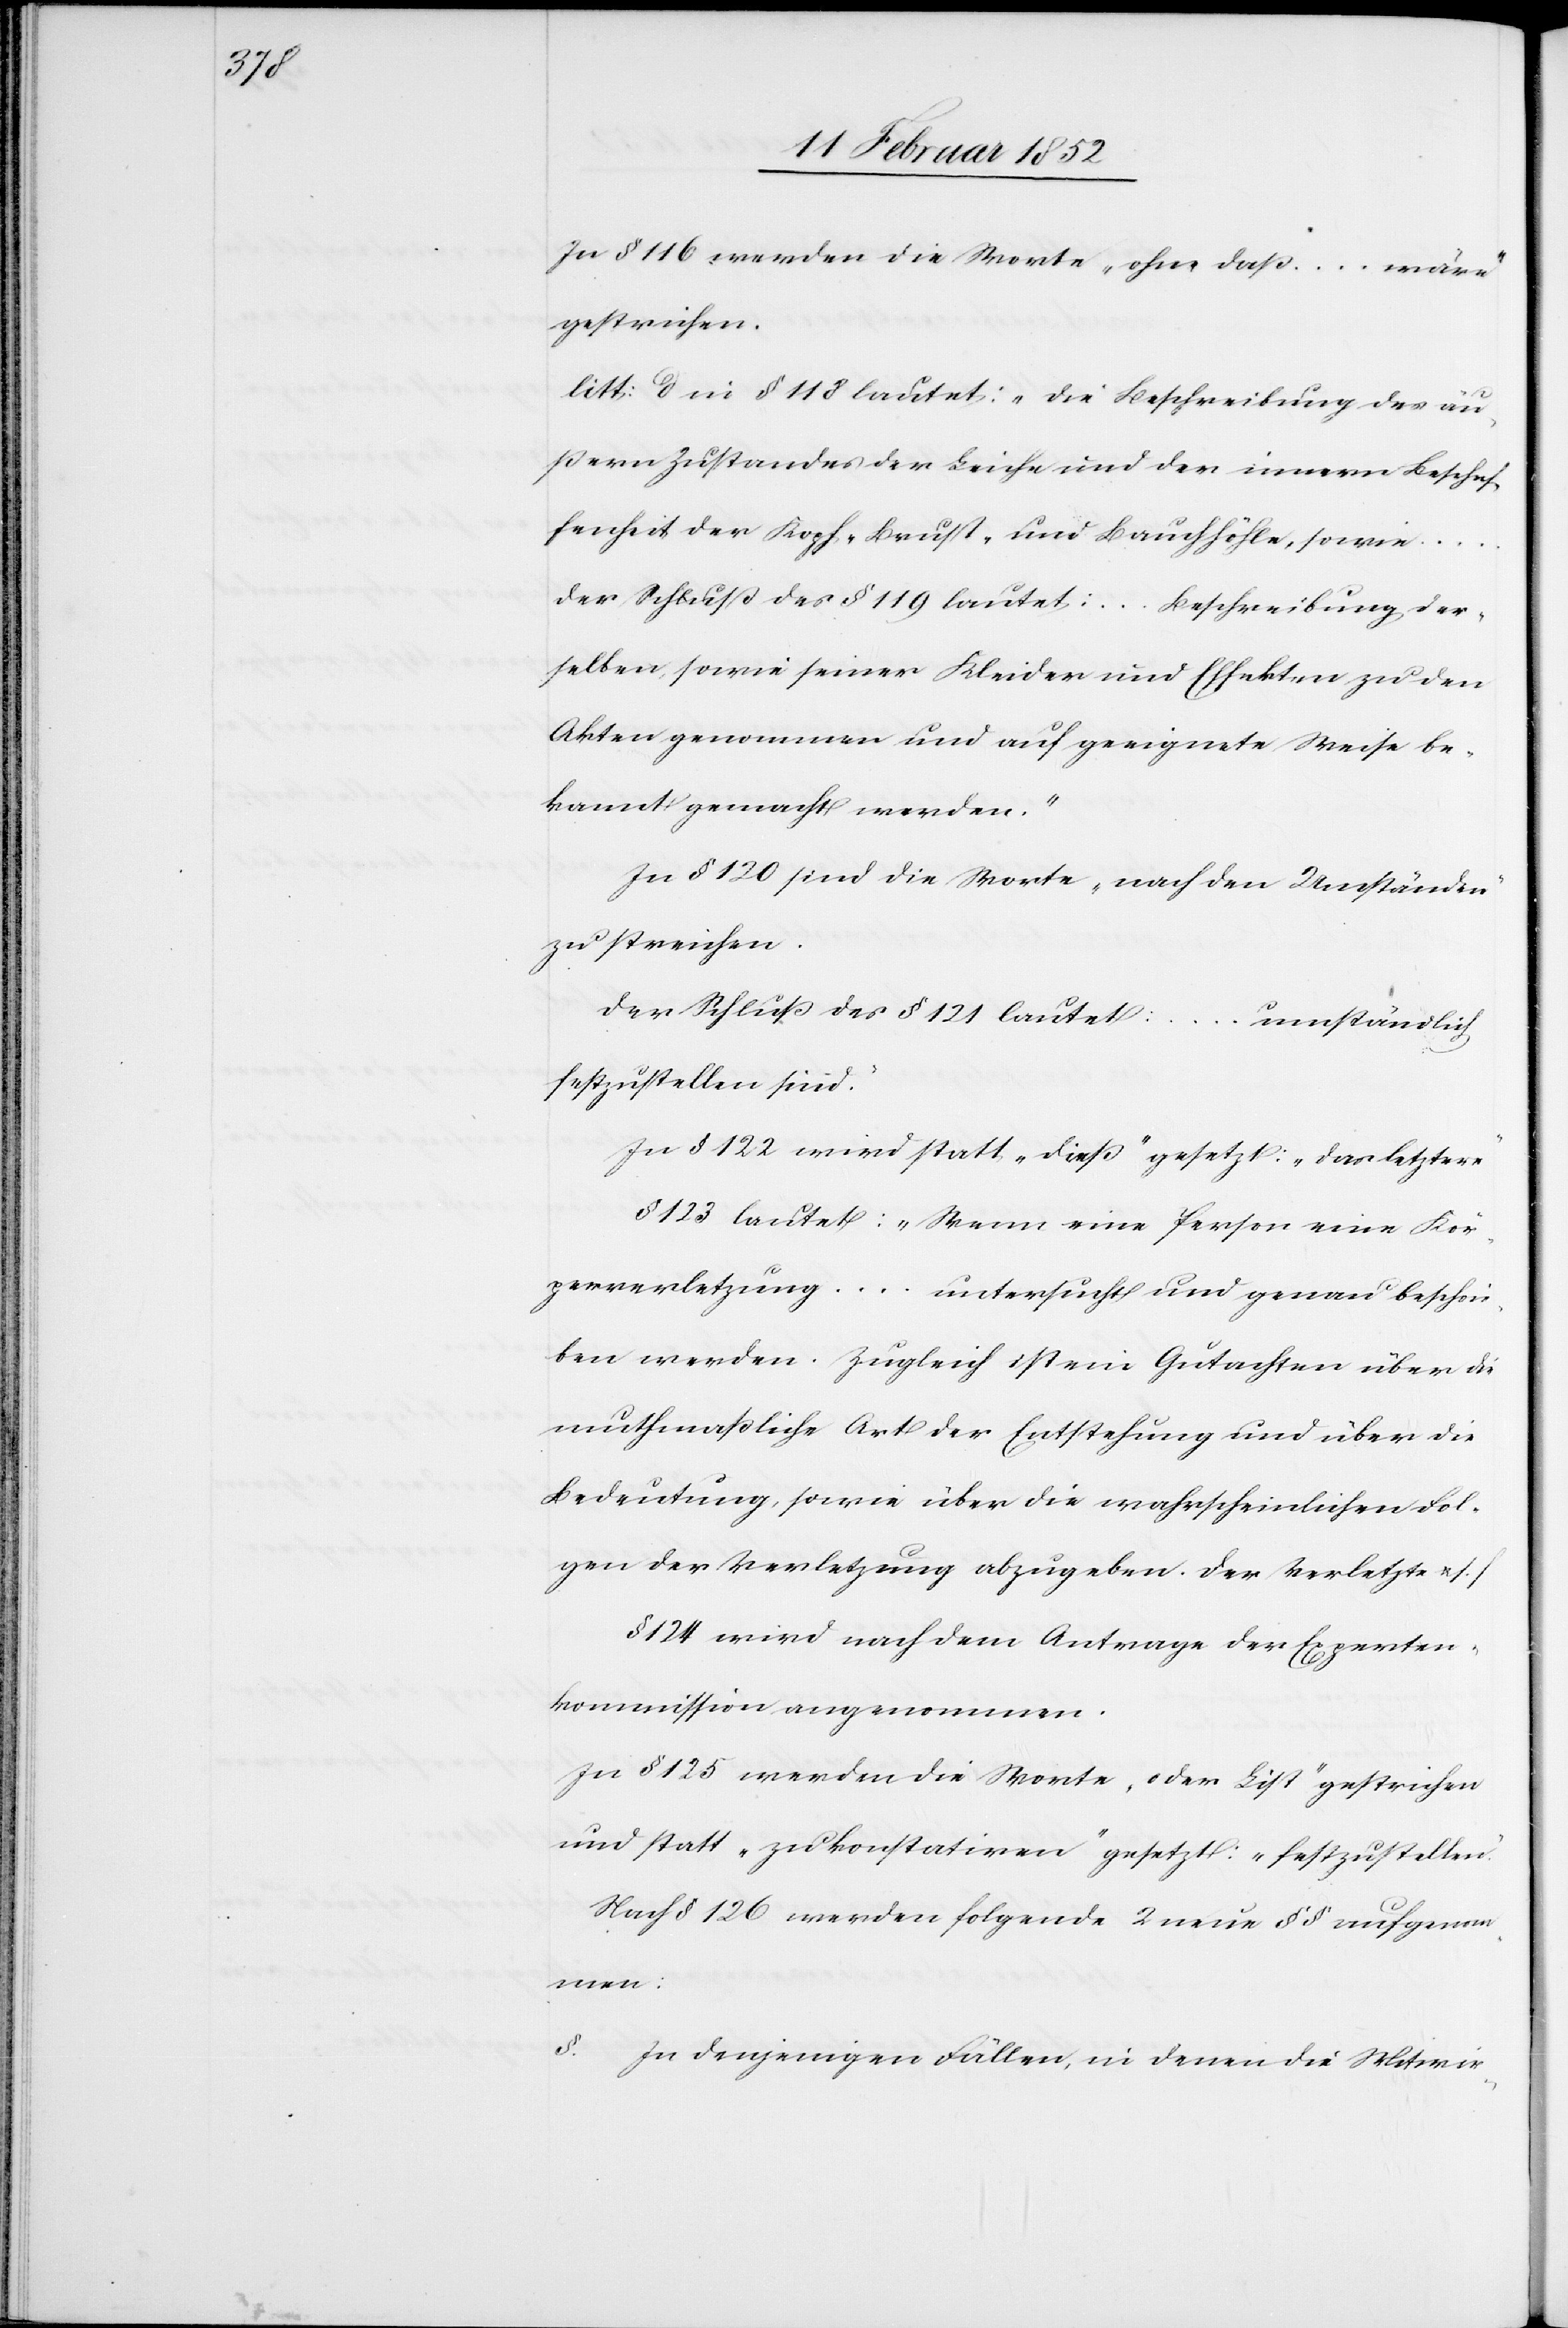
In § 116 werden die Worte „ohne daß ... wäre“
gestrichen.
litt: d in § 118 lautet: „die Beschreibung des äu¬
ßern Zustandes der Leiche und der innern Beschaf¬
fenheit der Kopf- Brust- und Bauchhöhle, sowie
Der Schluß des § 119 lautet: [„]... Beschreibung der¬
selben, sowie seiner Kleider und Effekten zu den
Akten genommen und auf geeignete Weise be¬
kannt gemacht werden.“
In § 120 sind die Worte „nach den Umständen“
zu streichen.
Der Schluß des § 121 lautet: [„]... umständlich
festzustellen sind.“
In § 122 wird statt „dieß“ gesetzt: „das letztere“
§ 123 lautet: „Wenn eine Person eine Kör¬
perverletzung ... untersucht und genau beschrie¬
ben werden. Zugleich ist ein Gutachten über die
muthmaßliche Art der Entstehung und über die
Bedeutung, sowie über die wahrscheinlichen Fol¬
gen der Verletzung abzugeben. Der Verletzte u. s. f.
§ 124 wird nach dem Antrage der Experten¬
kommission angenommen.
In § 125 werden die Worte „oder List“ gestrichen
und statt „zu konstatiren“ gesetzt: „festzustellen“
Nach § 126 werden folgende 2 neue §§ aufgenom¬
men:
§. In denjenigen Fällen, in denen die Mitwir-